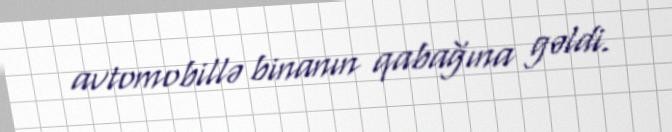
avtomobillə binanın qabağına gəldi.